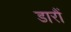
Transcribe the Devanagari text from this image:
डारौं